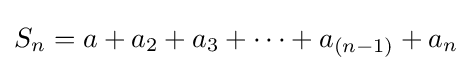
S_{n}=a+a_{2}+a_{3}+\dots +a_{(n-1)}+a_{n}